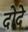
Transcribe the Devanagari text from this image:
दोदे